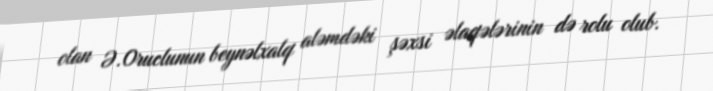
olan Ə.Oruclunun beynəlxalq aləmdəki şəxsi əlaqələrinin də rolu olub.